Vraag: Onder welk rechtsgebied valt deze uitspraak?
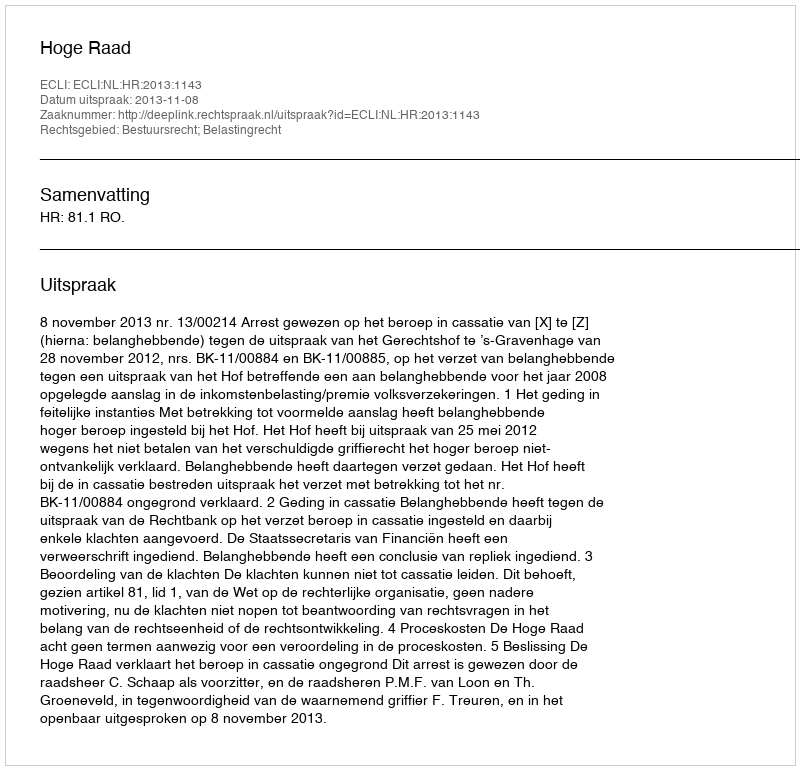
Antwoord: Bestuursrecht; Belastingrecht